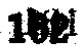
$100^{i}$